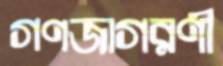
গণজাগরণী